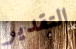
التقدير